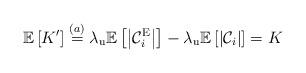
LaTeX: \begin{align*}\mathbb{E}\left[ K' \right]&\stackrel{(a)}{=} \lambda_{\mathrm{u}} \mathbb{E}\left[\left| \mathcal{C}_{i}^{\mathrm{E}} \right| \right] - \lambda_{\mathrm{u}} \mathbb{E}\left[\left| \mathcal{C}_{i} \right| \right]= K\end{align*}